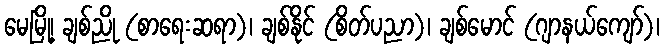
မေမြို့၊ ချစ်ညို (စာရေးဆရာ)၊ ချစ်နိုင် (စိတ်ပညာ)၊ ချစ်မောင် (ဂျာနယ်ကျော်)၊